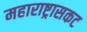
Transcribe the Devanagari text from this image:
महाराष्ट्रासकट